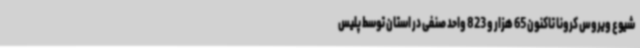
شیوع ویروس کرونا تاکنون 65 هزار و 823 واحد صنفی در استان توسط پلیس